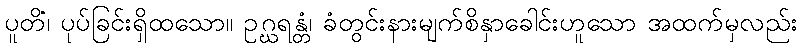
ပူတိံ၊ ပုပ်ခြင်းရှိထသော။ ဥဂ္ဃရန္တံ၊ ခံတွင်းနားမျက်စိနှာခေါင်းဟူသော အထက်မှလည်း